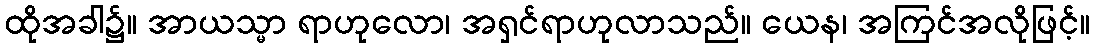
ထိုအခါ၌။ အာယသ္မာ ရာဟုလော၊ အရှင်ရာဟုလာသည်။ ယေန၊ အကြင်အလိုဖြင့်။